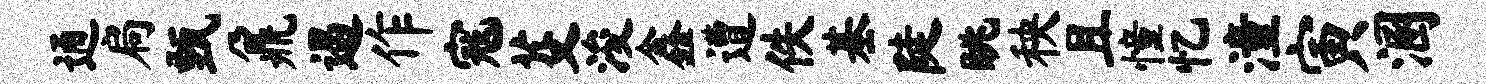
通扃甄鼐遏作寇芟浚鑫遭佚基陡眺秧且憧忆潼寅溷